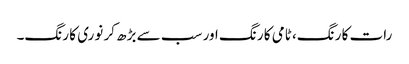
رات کا رنگ، ٹامی کا رنگ اور سب سے بڑھ کر نوری کا رنگ۔